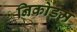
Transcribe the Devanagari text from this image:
निकोडम